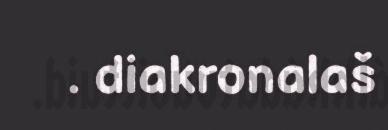
. diakronalaš